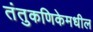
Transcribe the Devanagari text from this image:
तंतुकणिकेमधील